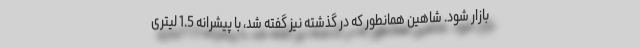
بازار شود. شاهین همانطور که در گذشته نیز گفته شد، با پیشرانه 1.5 لیتری